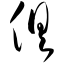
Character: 俱